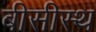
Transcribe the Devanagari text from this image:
बीसीस्थ